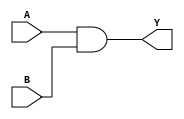
module AND2X1(A, B, Y);
input A, B;
output Y;
and(Y, A, B);
endmodule